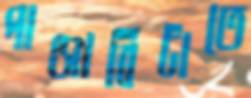
পাঞ্জাবিটাতে